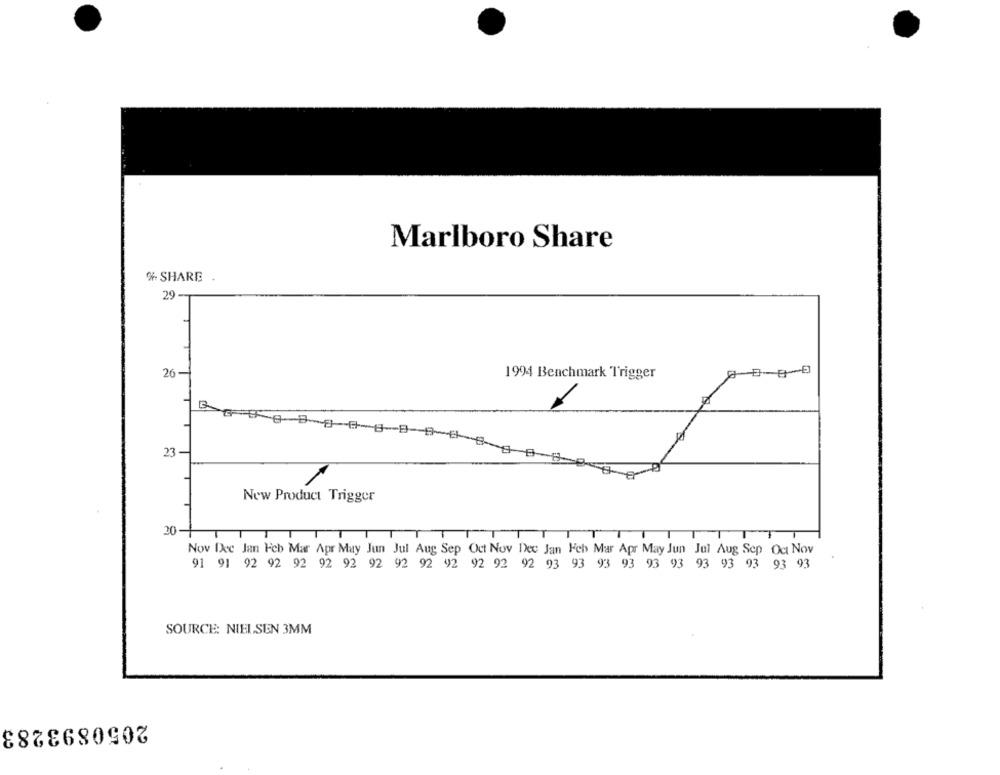
Marlboro Share
% SHARE
29-
26-
1994 Benchmark Trigger
23
New Product Trigger
20-
ITITT
T
TT
ITTTTT
Nov Dec Jan Feb Mar Apr May Jun Jul Aug Sep Oct Nov Dec Jan Heb Mar Apr May Jun Jul Aug Sep Oct Nov
91 91 92 92 92 92 92 92 92 92 92 92 92 92 93 93 93 93 93 93 93 93 93 93 93
SOURCE: NIELSEN 3MM
2050893283